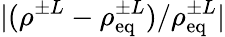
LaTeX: \vert(\rho^{\pm L}-\rho_{\mathrm{eq}}^{\pm L})/\rho_{\mathrm{eq}}^{\pm L}\vert